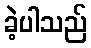
ခဲ့ပါသည်